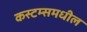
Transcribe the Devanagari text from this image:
कस्टम्समधील